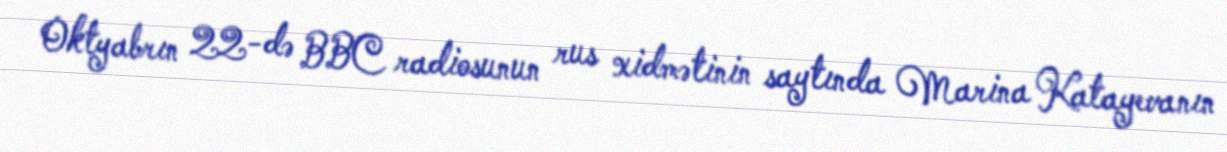
Oktyabrın 22-də BBC radiosunun rus xidmətinin saytında Marina Katayevanın